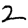
Digit: 2